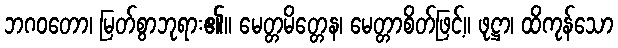
ဘဂဝတော၊ မြတ်စွာဘုရား၏။ မေတ္တမိတ္တေန၊ မေတ္တာစိတ်ဖြင့်။ ဖုဋ္ဌာ၊ ထိကုန်သော